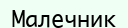
Малечник